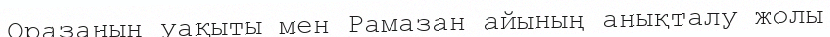
Оразаның уақыты мен Рамазан айының анықталу жолы